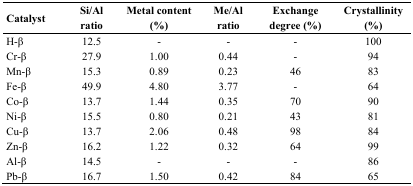
| Catalyst | Si/Al ratio | Metal content (%) | Me/Al ratio | Exchange degree (%) | Crystallinity (%) |
 | --- | --- | --- | --- | --- | --- |
 | H-β | 12.5 | - | - | - | 100 |
 | Cr-β | 27.9 | 1.00 | 0.44 | - | 94 |
 | Mn-β | 15.3 | 0.89 | 0.23 | 46 | 83 |
 | Fe-β | 49.9 | 4.80 | 3.77 | - | 64 |
 | Co-β | 13.7 | 1.44 | 0.35 | 70 | 90 |
 | Ni-β | 15.5 | 0.80 | 0.21 | 43 | 81 |
 | Cu-β | 13.7 | 2.06 | 0.48 | 98 | 84 |
 | Zn-β | 16.2 | 1.22 | 0.32 | 64 | 99 |
 | Al-β | 14.5 | - | - | - | 86 |
 | Pb-β | 16.7 | 1.50 | 0.42 | 84 | 65 |